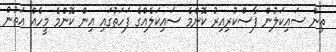
ތިން ސައިކަލުން ފާސްކުރިއިރު ކޮންމެ ސައިކަލެއްގެ ފަހަތުގައި އިން ކޮންމެ މީހެއް އަތުން